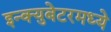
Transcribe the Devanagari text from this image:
इन्क्युबेटरमध्ये